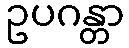
ဥပဂန္တာ